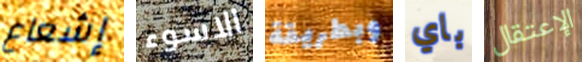
إشعاع الاسوء وبطريقة باي الإعتقال